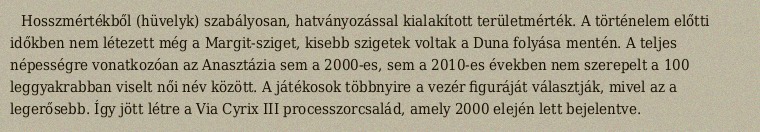
Hosszmértékből (hüvelyk) szabályosan, hatványozással kialakított területmérték. A történelem előtti időkben nem létezett még a Margit-sziget, kisebb szigetek voltak a Duna folyása mentén. A teljes népességre vonatkozóan az Anasztázia sem a 2000-es, sem a 2010-es években nem szerepelt a 100 leggyakrabban viselt női név között. A játékosok többnyire a vezér figuráját választják, mivel az a legerősebb. Így jött létre a Via Cyrix III processzorcsalád, amely 2000 elején lett bejelentve.